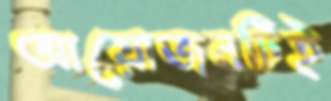
আয়োজনটিই